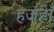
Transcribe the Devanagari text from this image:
हजहाँ